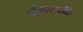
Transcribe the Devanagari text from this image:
प्रतिस्‍पर्द्धी